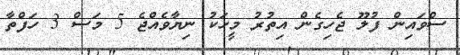
ސްވައިން ފުލޫ ޖެހިގެން އިތުރު މީހަކު ނިޔާވެއްޖެ 5 މަސް 3 ހަފްތާ